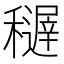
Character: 𥣦